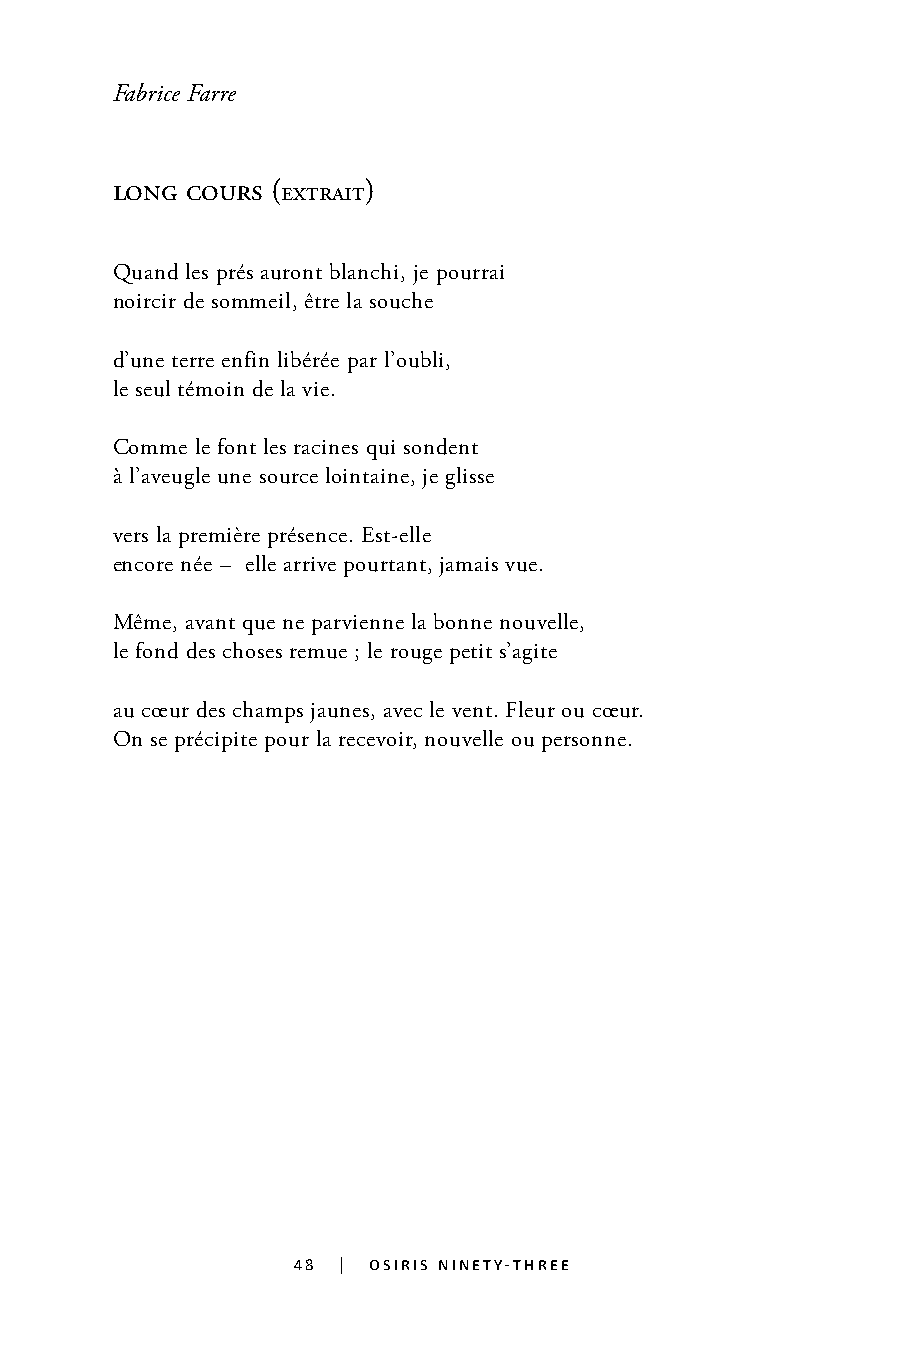
Fabrice Farre
 long cours (extrait)
 Quand les prés auront blanchi, je pourrai
 noircir de sommeil, être la souche
 d’une terre enfin libérée par l’oubli,
 le seul témoin de la vie.
 Comme le font les racines qui sondent
 à l’aveugle une source lointaine, je glisse
 vers la première présence. Est-elle
 encore née – elle arrive pourtant, jamais vue.
 Même, avant que ne parvienne la bonne nouvelle,
 le fond des choses remue ; le rouge petit s’agite
 au cœur des champs jaunes, avec le vent. Fleur ou cœur.
 On se précipite pour la recevoir, nouvelle ou personne.
 48 | osiris ninety-three